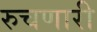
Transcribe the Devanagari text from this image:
रुचणारी